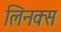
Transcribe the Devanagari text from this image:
लिनक्‍स